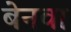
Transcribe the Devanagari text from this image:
बेनवा